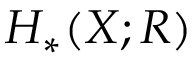
H _ { \ast } ( X ; R )